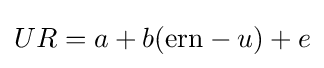
UR=a+b({\text{ern}}-u)+e